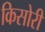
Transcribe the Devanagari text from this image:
किसोरी